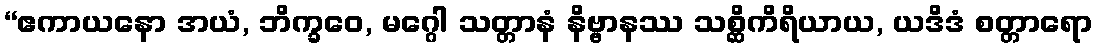
“ဧကာယနော အယံ, ဘိက္ခဝေ, မဂ္ဂေါ သတ္တာနံ နိဗ္ဗာနဿ သစ္ဆိကိရိယာယ, ယဒိဒံ စတ္တာရော